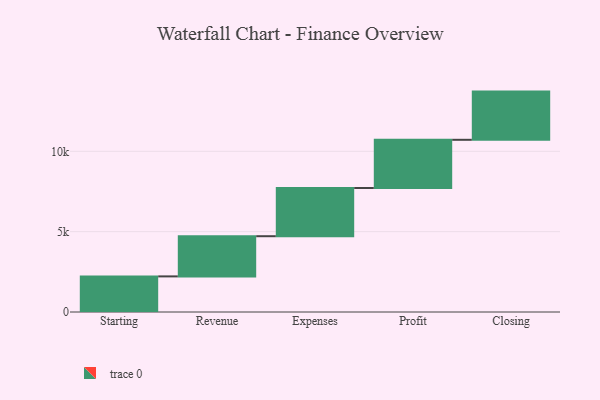
{"axis": {"x": "Step", "y": "Value"}, "legend": [""], "data": [{"x": "Starting", "y": 2216.0, "type": ""}, {"x": "Revenue", "y": 2501.0, "type": ""}, {"x": "Expenses", "y": 3000, "type": ""}, {"x": "Profit", "y": 3000, "type": ""}, {"x": "Closing", "y": 3000, "type": ""}]}